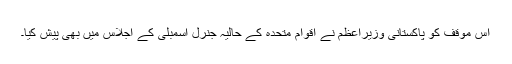
اس موقف کو پاکستانی وزیراعظم نے اقوام متحدہ کے حالیہ جنرل اسمبلی کے اجلاس میں بھی پیش کیا۔